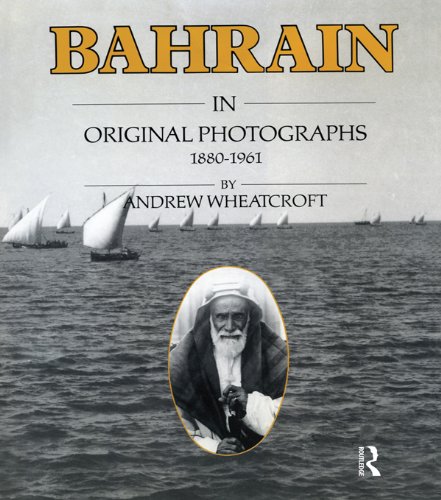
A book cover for Bahrain Original Photographs 188; Wheatcroft; History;